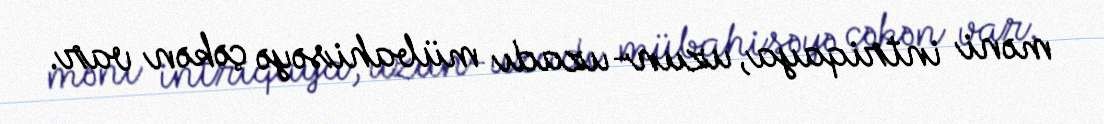
məni intriqaya, uzun-uzadı mübahisəyə çəkən var.